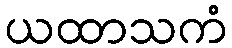
ယထာသကံ